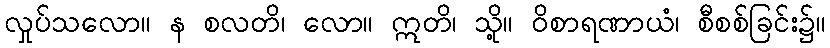
လှုပ်သလော။ န စလတိ၊ လော။ ဣတိ၊ သို့။ ဝိစာရဏာယံ၊ စီစစ်ခြင်း၌။